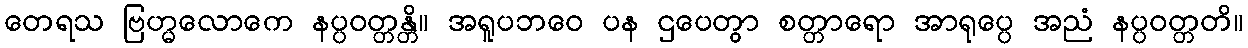
တေရသ ဗြဟ္မလောကေ နပ္ပဝတ္တန္တိ။ အရူပဘဝေ ပန ဌပေတွာ စတ္တာရော အာရုပ္ပေ အညံ နပ္ပဝတ္တတိ။